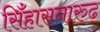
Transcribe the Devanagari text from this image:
सिँहासनारुढ़